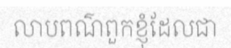
លាបពណ៌ពួកខ្ញុំដែលជា